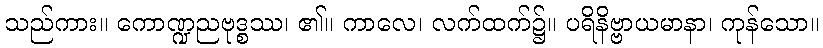
သည်ကား။ ကောဏ္ဍညဗုဒ္စဿ၊ ၏။ ကာလေ၊ လက်ထက်၌။ ပရိနိဗ္ဗာယမာနာ၊ ကုန်သော။